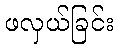
ဖလှယ်ခြင်း